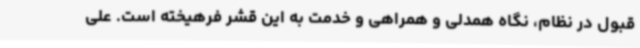
قبول در نظام، نگاه همدلی و همراهی و خدمت به این قشر فرهیخته است. علی